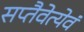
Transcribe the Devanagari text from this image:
सप्तैवेत्येवं